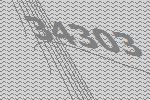
34303